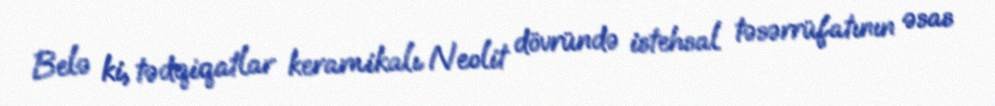
Belə ki, tədqiqatlar keramikalı Neolit dövründə istehsal təsərrüfatının əsas